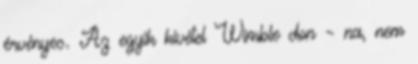
érvényes. Az egyik kivétel Wimble­ don – na, nem